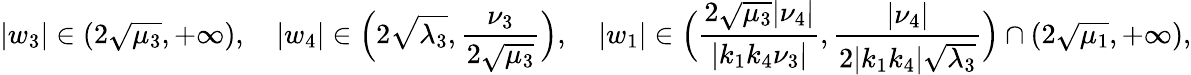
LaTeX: |w_{3}|\in(2\sqrt{\mu_{3}},+\infty),\quad|w_{4}|\in\Big(2\sqrt{\lambda_{3}},\frac{\nu_{3}}{2\sqrt{\mu_{3}}}\Big),\quad|w_{1}|\in\Big(\frac{2\sqrt{\mu_{3}}|\nu_{4}|}{|k_{1}k_{4}\nu_{3}|},\frac{|\nu_{4}|}{2|k_{1}k_{4}|\sqrt{\lambda_{3}}}\Big)\cap(2\sqrt{\mu_{1}},+\infty),